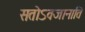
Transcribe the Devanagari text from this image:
सतोऽवजानाति